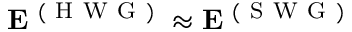
\mathbf { E } ^ { \mathrm { ~ ( ~ H ~ W ~ G ~ ) ~ } } \approx \mathbf { E } ^ { \mathrm { ~ ( ~ S ~ W ~ G ~ ) ~ } }